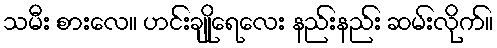
သမီး စားလေ။ ဟင်းချိုရေလေး နည်းနည်း ဆမ်းလိုက်။